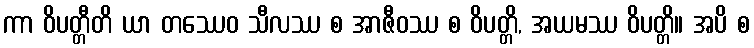
ကာ ဝိပတ္တီတိ ယာ တဿေဝ သီလဿ စ အာဇီဝဿ စ ဝိပတ္တိ, အယမဿ ဝိပတ္တိ။ အပိ စ